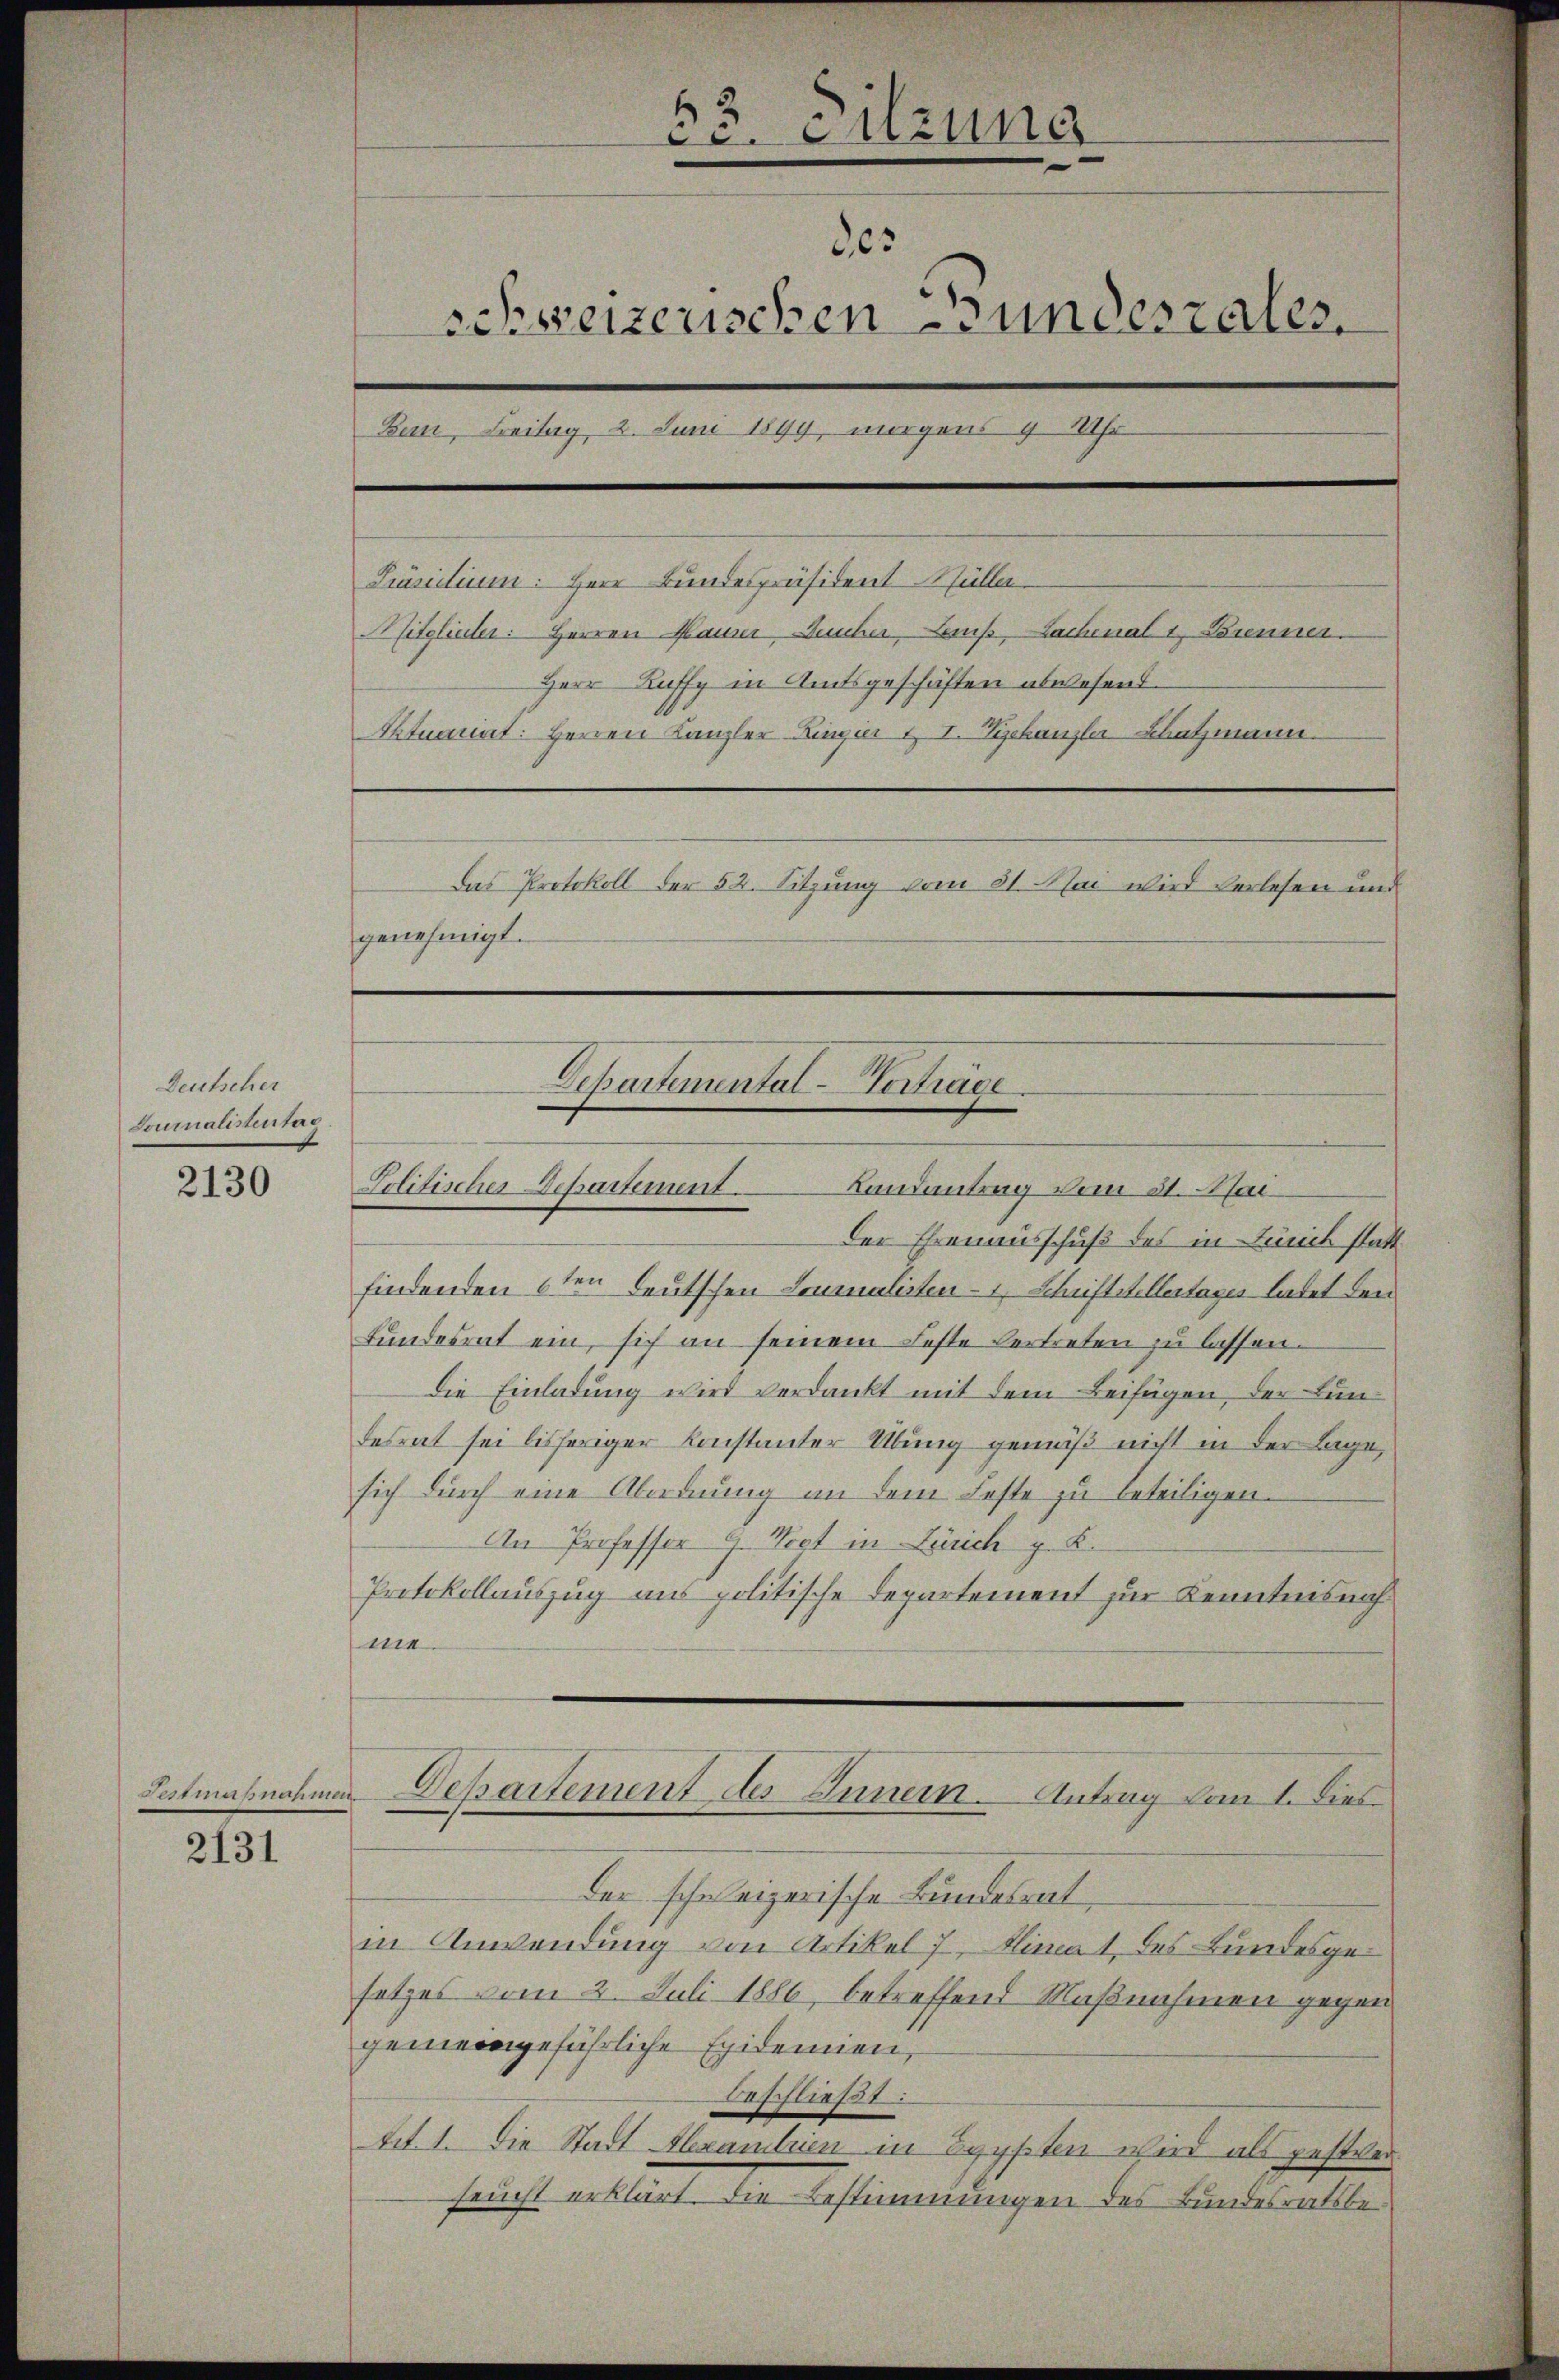
Deutscher
Lournalistentar

2130

Festmaßnahmen

2131

c. Filzung
865
schweizerischen Bundesrates.
Bern, Freitag, 2. Juni 1849, morgens 9 Uhr
Präsidium: Herr Bundespräsident Müller
fitglieder: Herren Mauer, Bucher, aus, Lachenalt, Brenner
Herr Kuffy in Amtsgeschäften abwesend
Otnannt: Herren Kanzler Lingier u. I. Zychanzler Schatzmann.
Das Protokoll der 52. Sitzung vom 31. Mai wird verlesen und
genehmigt.

Departemental-Vortrage.

Landantrag vom 31. Mai
Politischer Departement.
Der Ehrenausschuß des in Zürich stattfindenden 6ten Deutschen Lournalisten 1 Schriftstellertages ladet den
Bundesrat ein, sich an seinem Feste Vertreten zu lassen.
die Einladung wird verdankt mit dem Beifügen, der Lundesrat sei bisheriger Konstanter Übung gemäß nicht in der Lage,
sich durch eine Abordnung an dem Feste zu beteiligen.
An Professor 9. Nest in Zürich z. K.
Protokollauszug aus politische Departement zur Kenntnisnahme
Departement des Innern. Antrag vom 1. Dies
der schweizerische Bundesrat,
in Anwendung von Artikel 7, Klima 1 des Bundesgesetzes vom 2. Juli 1886, betreffend Maßnahmen gegen
gemeingeführliche Epidemien,
beschließt:
tit. 1. Die Stadt Alexanteien in Egypten wird als gestver
feucht erklärt, die Bestimmungen des Bundesrathsi